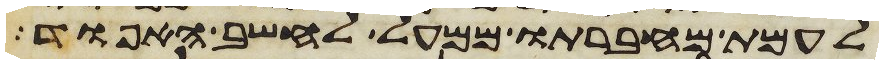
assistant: לעמת מחברתו ממעל לחשב האפוד